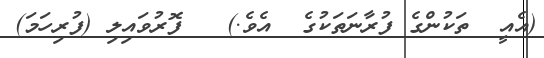
(އެއީ  ތަކުންގެ ފުރާނަތަކުގެ  އެވެ.)   ފޮރުވައިލި (ފުރިހަމަ)